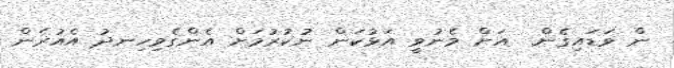
ން ވަޑައިގެން  އަށް މެނުވީ އަޅުކަން ނުކުރުމަށް އެންގެވިހިނދު އެއުރެން